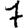
Digit: 7